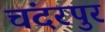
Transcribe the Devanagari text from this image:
चंदरपुर